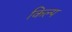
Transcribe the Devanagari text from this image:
किल्प